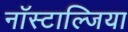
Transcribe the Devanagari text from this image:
नॉस्टाल्जिया